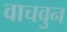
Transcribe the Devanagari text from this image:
वाचवुन